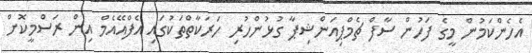
އެހެންކަމުން މީގެ ފަހުން ސާފް ޗެމްޕިއަންޝިޕާ ގުޅުންހުރި ހަރަކާތްތަކުގައި އެފްއޭއެމް އިން ރަސްމީކޮށް